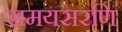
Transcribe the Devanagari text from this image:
समयसरणि